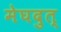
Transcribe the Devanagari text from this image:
मेघदुत्